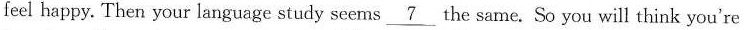
feel happy. Then your language study seems\underline{7}the same. So you will think you're